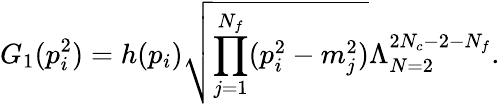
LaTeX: G_{1}(p_{i}^{2})=h(p_{i})\sqrt{\prod_{j=1}^{N_{f}}(p_{i}^{2}-m_{j}^{2})}\Lambda_{N=2}^{2N_{c}-2-N_{f}}.